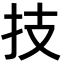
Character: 技